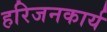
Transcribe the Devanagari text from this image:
हरिजनकार्य